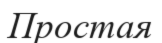
Простая